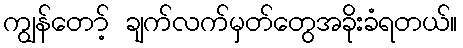
ကျွန်တော့် ချက်လက်မှတ်တွေအခိုးခံရတယ်။